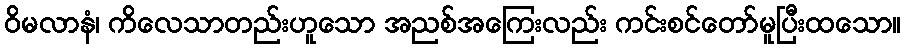
ဝိမလာနံ၊ ကိလေသာတည်းဟူသော အညစ်အကြေးလည်း ကင်းစင်တော်မူပြီးထသော။